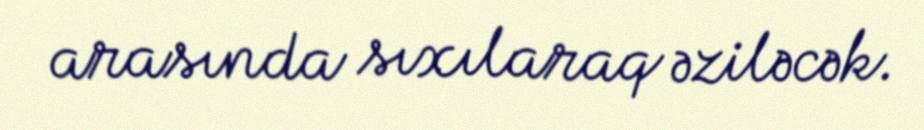
arasında sıxılaraq əziləcək.